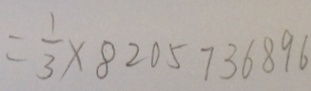
= \frac { 1 } { 3 } \times 8 2 0 5 7 3 6 8 9 6